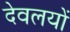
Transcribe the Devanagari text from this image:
देवलयों